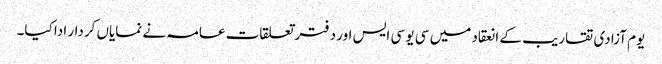
یوم آزادی تقاریب کے انعقاد میں سی یو سی ایس اور دفتر تعلقات عامہ نے نمایاں کردار ادا کیا۔